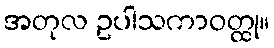
အတုလ ဥပါသကာဝတ္ထု။